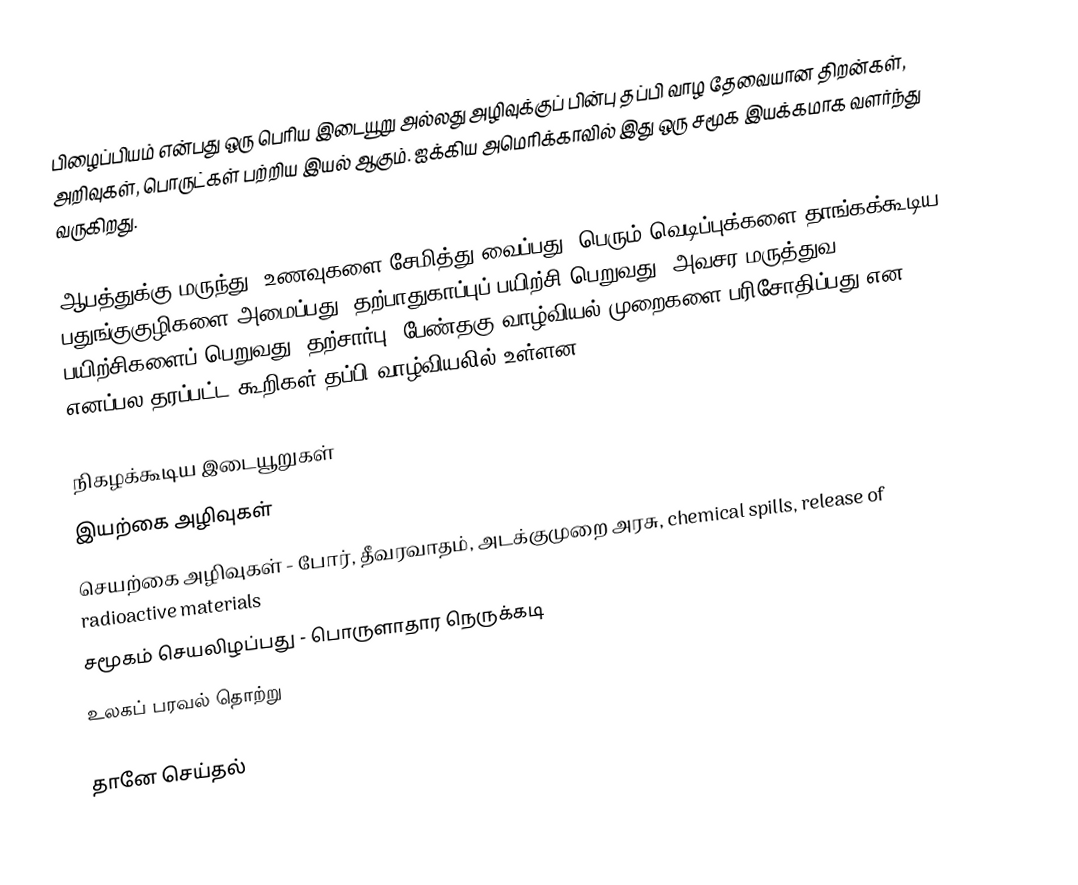
பிழைப்பியம் என்பது ஒரு பெரிய இடையூறு அல்லது அழிவுக்குப் பின்பு தப்பி வாழ தேவையான திறன்கள், அறிவுகள், பொருட்கள் பற்றிய இயல் ஆகும்.  ஐக்கிய அமெரிக்காவில் இது ஒரு சமூக இயக்கமாக வளர்ந்து வருகிறது.

ஆபத்துக்கு மருந்து, உணவுகளை சேமித்து வைப்பது, பெரும் வெடிப்புக்களை தாங்கக்கூடிய பதுங்குகுழிகளை அமைப்பது, தற்பாதுகாப்புப் பயிற்சி பெறுவது, அவசர மருத்துவ பயிற்சிகளைப் பெறுவது, தற்சார்பு, பேண்தகு வாழ்வியல் முறைகளை பரிசோதிப்பது என  எனப்பல தரப்பட்ட கூறிகள் தப்பி வாழ்வியலில் உள்ளன.

நிகழக்கூடிய இடையூறுகள்
 இயற்கை அழிவுகள்
 செயற்கை அழிவுகள் - போர், தீவரவாதம், அடக்குமுறை அரசு, chemical spills, release of radioactive materials
 சமூகம் செயலிழப்பது - பொருளாதார நெருக்கடி
 உலகப் பரவல் தொற்று

தானே செய்தல்